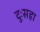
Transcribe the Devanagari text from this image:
दुःसहा